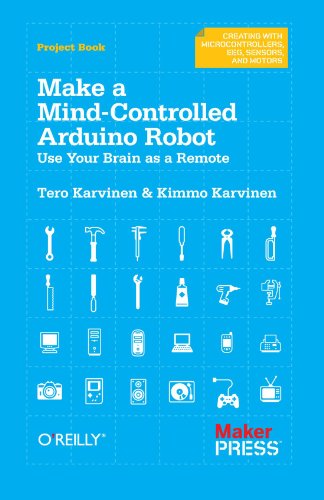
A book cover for Make a Mind-Controlled Arduino Robot: Use Your Brain as a Remote (Creating With Microcontrollers Eeg, Sensors, and Motors); Tero Karvinen; Computers & Technology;